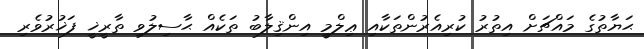
ޙަޔާތުގެ މައްޗަށް އިތުރު ކުރިއެރުންތަކާއި ޢިލްމީ އިންޤިލާބު ތަކެއް ޙާސިލުވި ތާރީޚީ ފަޚުރުވެރި